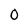
Character: 0